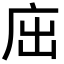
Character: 𢇿